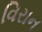
વિરાન